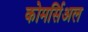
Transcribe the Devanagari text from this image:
कोमर्सिअल